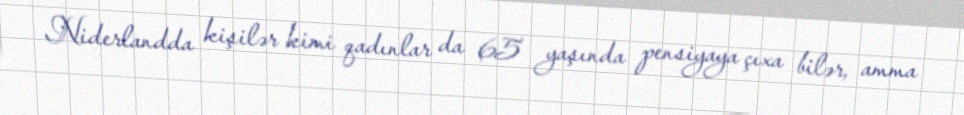
Niderlandda kişilər kimi qadınlar da 65 yaşında pensiyaya çıxa bilər, amma